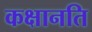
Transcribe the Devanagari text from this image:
कक्षानति